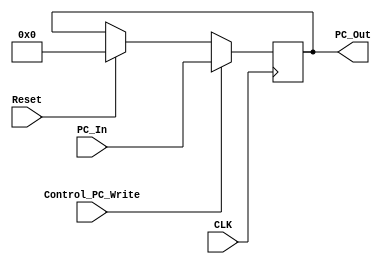
`timescale 1ns / 1ps


module PC(CLK,Reset,PC_In,PC_Out,Control_PC_Write);

input Control_PC_Write,CLK,Reset;
input [31:0]PC_In;
output	reg	[31:0] PC_Out;

    initial 
    begin
    PC_Out = 0;//Initialize with 0
    end
    
    always @ (posedge CLK)
    begin
        if(Reset == 1'b1)
            PC_Out <= 0;
    
        if(Control_PC_Write == 1'b1)
            PC_Out <= PC_In;
    end
    endmodule